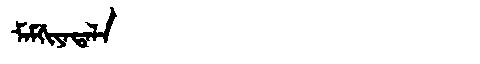
Manchu: ᠮᠠᠮᡤᡳᠶᠠᡨᠠᠯᠠ
Romanization: MAMGIYATALA